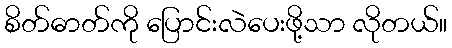
စိတ်ဓာတ်ကို ပြောင်းလဲပေးဖို့သာ လိုတယ်။